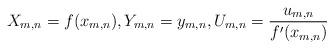
LaTeX: \begin{align*}X_{m,n} = f(x_{m,n}),Y_{m,n}=y_{m,n},U_{m,n}=\frac{u_{m,n}}{f^\prime(x_{m,n})}\end{align*}